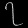
Digit: ၇